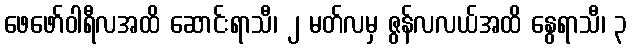
ဖေဖော်ဝါရီလအထိ ဆောင်းရာသီ၊ ၂ မတ်လမှ ဇွန်လလယ်အထိ နွေရာသီ၊ ၃